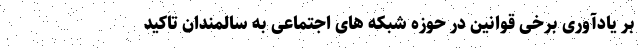
بر یادآوری برخی قوانین در حوزه شبکه های اجتماعی به سالمندان تاکید